Seli_vallavalitsus_Parnumaal, lk 16
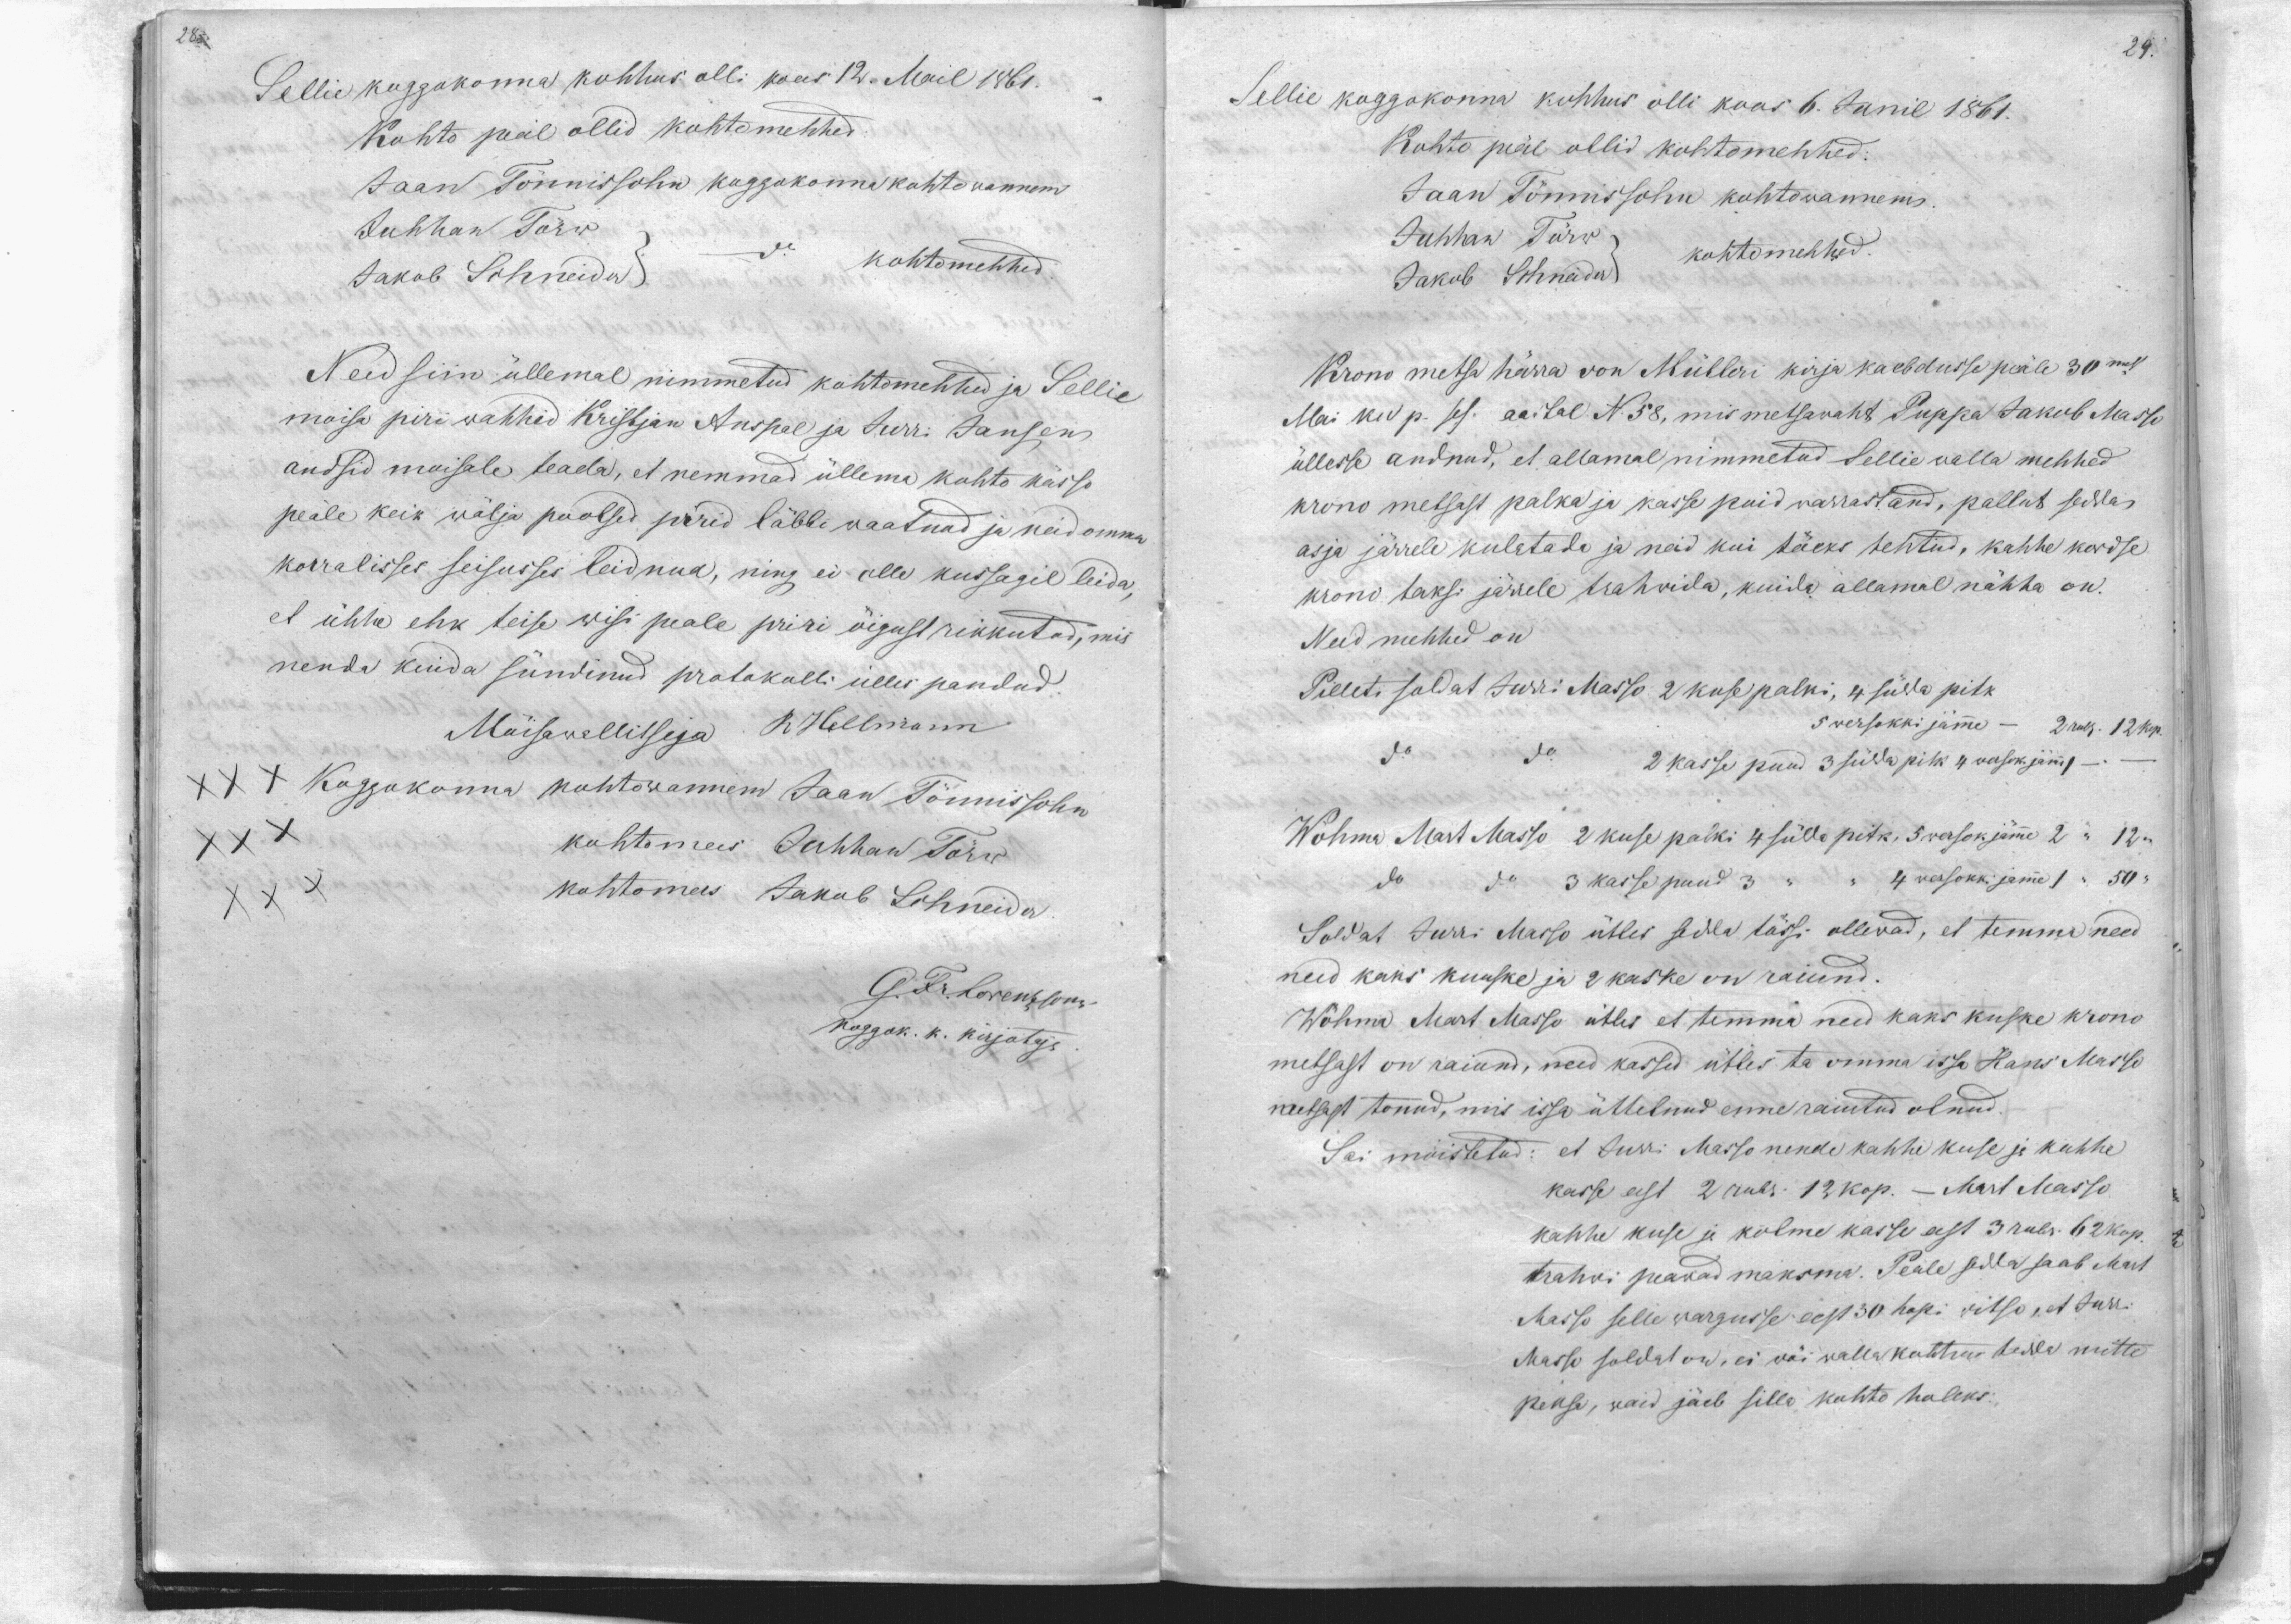
28

29.

Sellie koggokonna kohhus olli koos 12. Mail 1861.
Kohto peal ollid kohtomehhed
Jaan Tönnissohn koggokonna kohtowanem
Juhhan Törw
Jakob Schneider
kohtomehhed
Need siin üllemal nimmetud kohtomehhed ja Sellie
moisa piri wahhid Kristjan Anspal ja Jürri Jansen
andsid moisale teada, et nemmad üllema kohto kässo
peale keik wälja poolsed pirid läbbi waatnud ja neid omma
korralisses seisusses leidnud, ning ei olle kussagil leida,
et ühhe ehk teise wisi peale priri öigust rikkutud, mis
nenda kuida sündinud protokolli ülles pandud.
Möisawallitseja R. Hellmann
XXX Koggokonna kohtowannem Jaan Tönnissohn
XXX
kohtomees Juhhan Törw
kohtomees Jakob Schneider
G. Fr.  Lorenzsonn
koggok. k. kirjotaja

Sellie koggokonna kohhus olli koos 6. Junil 1861.
Kohto peäl ollid kohtomehhed:
Jaan Tönnissohn kohtowannem.
Juhhan Törw kohtomehhed
Jakob Schneider
Krono metsa härra von Mülleri kirja kaebdusse pääle 30mal
Mai ku p. ses aastal N 58, mis metsawaht Puppa Jakob Masso
üllesse andnud, et allamal nimmetud Sellie walla mehhed
krono metsast palka ja kasse puid warrastand, pallut sedda
asja järrele kulatada ja neid kui töeks tehtud, kahhe kordse
krono taksi järrele trahwida, kuida allamal nähha on.
Need mehhed on
Pilleti soldat Jürri Masso 2 kuse palki, 4 sülda pitk
5 wersokki jämme - 2 rub. 12 kop.
do
do
2 kasse puud 3 sülda pitk 4 wersok. jämme 1
Wöhma Mart Masso 2 kuse palki 4 sülla pitk, 5 wersok jämme 2 "12 "
do
do 3 kasse puud 3 " " 4 wersokki jamme 1 " 50 "
Soldat Jurri Masso ütles sedda tössi ollewad, et temma need
need kaks kuuske ja 2 kaske on raiund.
Wöhma Mart Masso ütles et temma neid kaks kuske krono
metsast on raiund, need kassed ütles ta omma issa Hans Masso
metsast tonud, mis issa üttelnud enne raiutud olnud.
Sai möistetud: et Jürri Masso nende kahhe kuse ja kahhe
kasse eest 2 rubr. 12 kop. - Mart Masso
kahhe kuse ja kolme kasse eest 3 rub. 62 kop.
trahwi peawad maksma. Peale sedda saab Mart
Masso selle wargusse eest 30 hopi witse, et Jürri
Masso soldat on, ei wõi walla kohtuse tedda mitte
peksa, waid jäeb sillo kohto holeks.